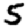
Digit: 5